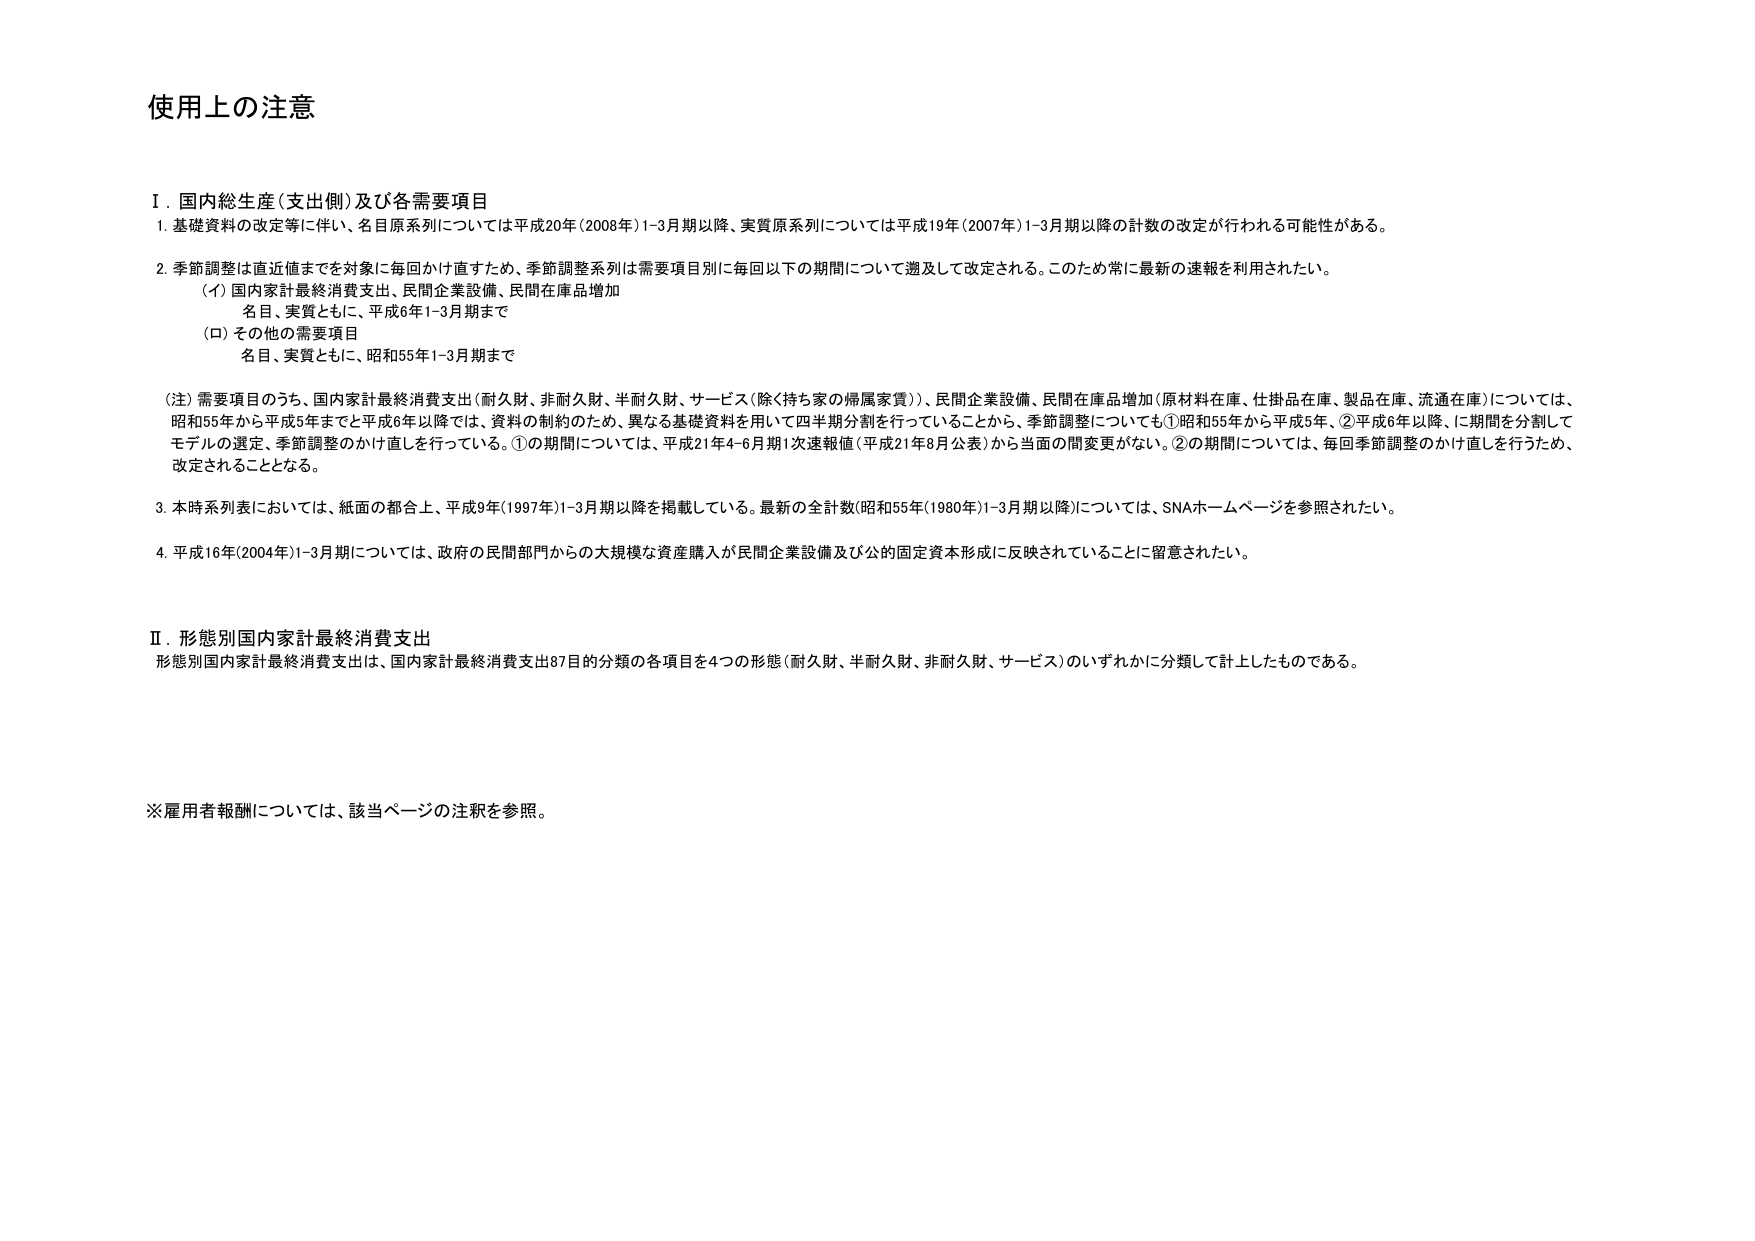
使用上の注意

Ⅰ．国内総生産（支出側）及び各需要項目
1．基礎資料の改定等に伴い、名目原系列については平成20年（2008年）1-3月期以降、実質原系列については平成19年（2007年）1-3月期以降の計数の改定が行われる可能性がある。
2．季節調整は直近値までを対象に毎回かけ直すため、季節調整系列は需要項目別に毎回以下の期間について遡及して改定される。このため常に最新の速報を利用されたい。
　（イ）国内家計最終消費支出、民間企業設備、民間在庫品増加
　　　名目、実質ともに、平成6年1-3月期まで
　（ロ）その他の需要項目
　　　名目、実質ともに、昭和55年1-3月期まで
（注）需要項目のうち、国内家計最終消費支出（耐久財、非耐久財、半耐久財、サービス（除く持ち家の帰属家賃））、民間企業設備、民間在庫品増加（原材料在庫、仕掛品在庫、製品在庫、流通在庫）については、昭和55年から平成5年までと平成6年以降では、資料の制約のため、異なる基礎資料を用いて四半期分割を行っていることから、季節調整についても①昭和55年から平成5年、②平成6年以降、に期間を分割してモデルの選定、季節調整のかけ直しを行っている。①の期間については、平成21年4-6月期1次速報値（平成21年8月公表）から当面の間変更がない。②の期間については、毎回季節調整のかけ直しを行うため、改定されることとなる。
3．本時系列表においては、紙面の都合上、平成9年（1997年）1-3月期以降を掲載している。最新の全計数（昭和55年（1980年）1-3月期以降）については、SNAホームページを参照されたい。
4．平成16年（2004年）1-3月期については、政府の民間部門からの大規模な資産購入が民間企業設備及び公的固定資本形成に反映されていることに留意されたい。

Ⅱ．形態別国内家計最終消費支出
形態別国内家計最終消費支出は、国内家計最終消費支出87目的分類の各項目を4つの形態（耐久財、半耐久財、非耐久財、サービス）のいずれかに分類して計上したものである。

※雇用者報酬については、該当ページの注釈を参照。